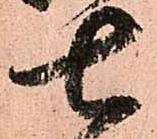
七